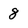
Character: 8